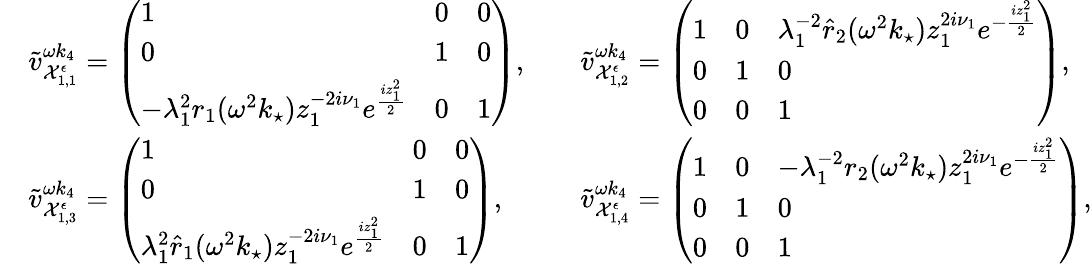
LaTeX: \begin{array}{rlrl}&{\tilde{v}_{\mathcal{X}_{1,1}^{\epsilon}}^{\omega k_{4}}=\left(\begin{array}{lll}{1}&{0}&{0}\\ {0}&{1}&{0}\\ {-\lambda_{1}^{2}r_{1}(\omega^{2}k_{\star})z_{1}^{-2i\nu_{1}}e^{\frac{iz_{1}^{2}}{2}}}&{0}&{1}\end{array}\right),}&&{\tilde{v}_{\mathcal{X}_{1,2}^{\epsilon}}^{\omega k_{4}}=\left(\begin{array}{lll}{1}&{0}&{\lambda_{1}^{-2}\hat{r}_{2}(\omega^{2}k_{\star})z_{1}^{2i\nu_{1}}e^{-\frac{iz_{1}^{2}}{2}}}\\ {0}&{1}&{0}\\ {0}&{0}&{1}\end{array}\right),}\\ &{\tilde{v}_{\mathcal{X}_{1,3}^{\epsilon}}^{\omega k_{4}}=\left(\begin{array}{lll}{1}&{0}&{0}\\ {0}&{1}&{0}\\ {\lambda_{1}^{2}\hat{r}_{1}(\omega^{2}k_{\star})z_{1}^{-2i\nu_{1}}e^{\frac{iz_{1}^{2}}{2}}}&{0}&{1}\end{array}\right),}&&{\tilde{v}_{\mathcal{X}_{1,4}^{\epsilon}}^{\omega k_{4}}=\left(\begin{array}{lll}{1}&{0}&{-\lambda_{1}^{-2}r_{2}(\omega^{2}k_{\star})z_{1}^{2i\nu_{1}}e^{-\frac{iz_{1}^{2}}{2}}}\\ {0}&{1}&{0}\\ {0}&{0}&{1}\end{array}\right),}\end{array}